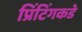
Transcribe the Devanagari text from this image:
प्रिंटिंगकडे